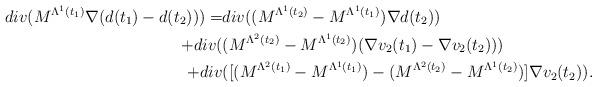
LaTeX: \begin{align*}div(M^{\Lambda^1(t_1)}\nabla(d(t_1)-d(t_2)))=&div((M^{\Lambda^1(t_2)}-M^{\Lambda^1(t_1)})\nabla d(t_2))\\+div(&(M^{\Lambda^2(t_2)}-M^{\Lambda^1(t_2)})(\nabla v_2(t_1)-\nabla v_2(t_2)))\\+div&([(M^{\Lambda^2(t_1)}-M^{\Lambda^1(t_1)})-(M^{\Lambda^2(t_2)}-M^{\Lambda^1(t_2)})]\nabla v_2(t_2)).\end{align*}